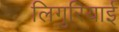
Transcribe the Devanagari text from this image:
लिगुरियाई